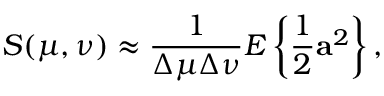
S ( \mu , \nu ) \approx \frac { 1 } { \Delta \mu \Delta \nu } E \left\lbrace \frac { 1 } { 2 } \mathbf { a } ^ { 2 } \right\rbrace ,